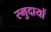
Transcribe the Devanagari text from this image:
स्मुदायों